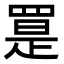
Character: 𦋨